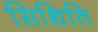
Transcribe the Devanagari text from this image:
सिथिति